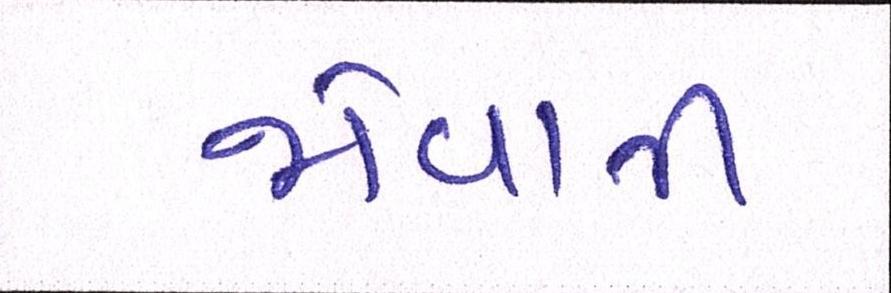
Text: જોવાતી